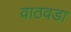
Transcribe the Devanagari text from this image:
वाठवडा